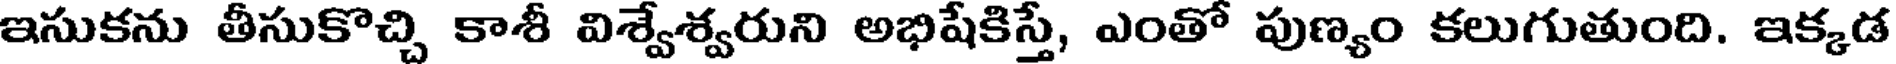
ఇసుకను తీసుకొచ్చి కాశీ విశ్వేశ్వరుని అభిషేకిస్తే, ఎంతో పుణ్యం కలుగుతుంది. ఇక్కడ